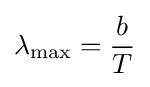
\lambda _{\mathrm {max} }={\frac {b}{T}}